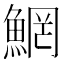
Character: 䱩